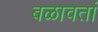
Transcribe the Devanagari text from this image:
बळावतां